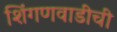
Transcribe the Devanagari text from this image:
शिंगणवाडीची